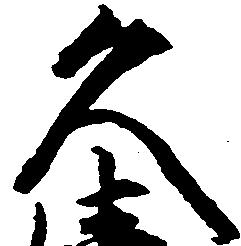
久